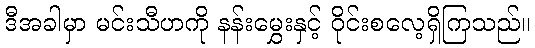
ဒီအခါမှာ မင်းသီဟကို နန်းမွှေးနှင့် ဝိုင်းစလေ့ရှိကြသည်။